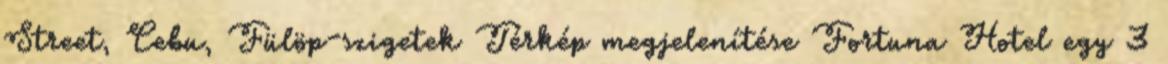
Street, Cebu, Fülöp-szigetek Térkép megjelenítése Fortuna Hotel egy 3